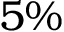
5 \%